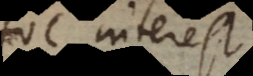
Hoc interest